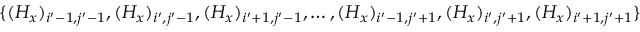
\{ ( H _ { x } ) _ { i ^ { \prime } - 1 , j ^ { \prime } - 1 } , ( H _ { x } ) _ { i ^ { \prime } , j ^ { \prime } - 1 } , ( H _ { x } ) _ { i ^ { \prime } + 1 , j ^ { \prime } - 1 } , \ldots , ( H _ { x } ) _ { i ^ { \prime } - 1 , j ^ { \prime } + 1 } , ( H _ { x } ) _ { i ^ { \prime } , j ^ { \prime } + 1 } , ( H _ { x } ) _ { i ^ { \prime } + 1 , j ^ { \prime } + 1 } \}